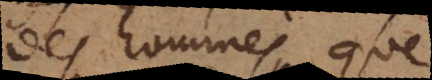
des hommes, que